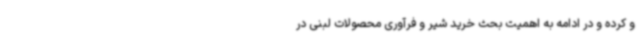
و کرده و در ادامه به اهمیت بحث خرید شیر و فرآوری محصولات لبنی در